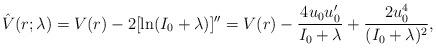
LaTeX: \begin{align*}\hat{V}(r;\lambda)=V(r)-2[\ln(I_0+\lambda)]''=V(r)-\frac{4u_0u_0'}{I_0+\lambda}+\frac{2u_0^4}{(I_0+\lambda)^2},\end{align*}